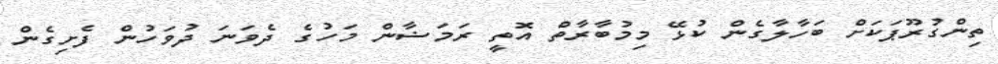
ތިންގުރޫޕަކަށް ބަހާލާގެން ކުޅޭ މިމުބާރާތް އޮތީ ރަމަޟާން މަހުގެ ދެވަނަ ދުވަހުން ފެށިގެން